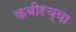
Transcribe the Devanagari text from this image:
कबीरच्या